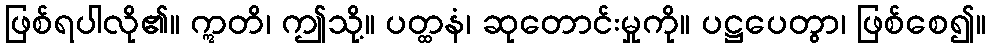
ဖြစ်ရပါလို၏။ ဣတိ၊ ဤသို့။ ပတ္ထနံ၊ ဆုတောင်းမှုကို။ ပဋ္ဌပေတွာ၊ ဖြစ်စေ၍။